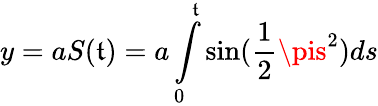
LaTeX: y=aS(\mathfrak{t})=a\int\limits_{0}^{\mathfrak{t}}\sin(\frac{{1}}{{2}}\pis^{2})ds